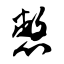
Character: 憋